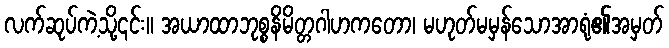
လက်ဆုပ်ကဲ့သို့၎င်း။ အယာထာဘုစ္စနိမိတ္တဂါဟကတော၊ မဟုတ်မမှန်သောအာရုံ၏အမှတ်